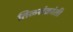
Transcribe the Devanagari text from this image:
तिळसंक्रांती